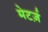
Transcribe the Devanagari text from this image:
मेटर्ज़